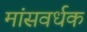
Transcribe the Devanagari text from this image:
मांसवर्धक